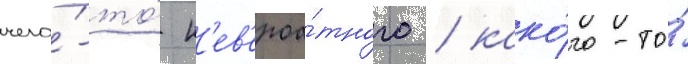
чего́-то́ н'ев'ероа́тного / како́го-то́